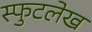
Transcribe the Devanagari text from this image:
स्फुटलेख